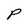
Character: P